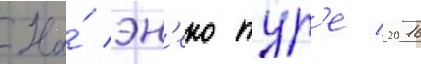
На́ эн'еко тур'е 2016